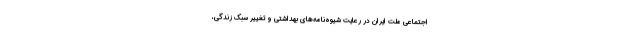
اجتماعی ملت ایران در رعایت شیوه‌نامه‌های بهداشتی و تغییر سبک زندگی،